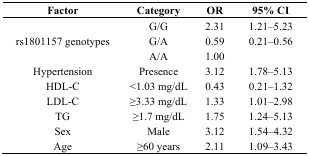
| Factor | Category | OR | 95% CI |
 | --- | --- | --- | --- |
 | <ROWSPAN=3> rs1801157 genotypes | G/G | 2.31 | 1.21–5.23 |
 | G/A | 0.59 | 0.21–0.56 |
 | A/A | 1.00 |  |
 | Hypertension | Presence | 3.12 | 1.78–5.13 |
 | HDL-C | <1.03 mg/dL | 0.43 | 0.21–1.32 |
 | LDL-C | ≥3.33 mg/dL | 1.33 | 1.01–2.98 |
 | TG | ≥1.7 mg/dL | 1.75 | 1.24–5.13 |
 | Sex | Male | 3.12 | 1.54–4.32 |
 | Age | ≥60 years | 2.11 | 1.09–3.43 |